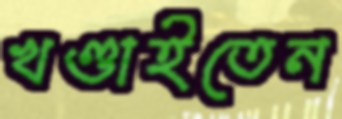
খণ্ডাইতেন